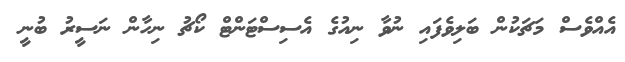
އެއްވެސް މަޗަކުން ބަލިވެފައި ނުވާ ނިއުގެ އެސިސްޓަންޓް ކޯޗު ނިހާން ނަސީރު ބުނީ